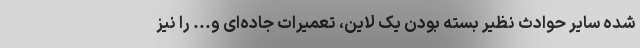
شده سایر حوادث نظیر بسته بودن یک لاین، تعمیرات جاده‌ای و... را نیز